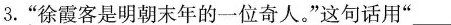
3.”徐霞客是明朝末年的一位奇人。”这句话用”______